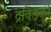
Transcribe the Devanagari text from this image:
द्रविड़को